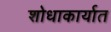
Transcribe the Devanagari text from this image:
शोधाकार्यात